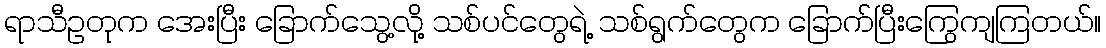
ရာသီဥတုက အေးပြီး ခြောက်သွေ့လို့ သစ်ပင်တွေရဲ့ သစ်ရွက်တွေက ခြောက်ပြီးကြွေကျကြတယ်။